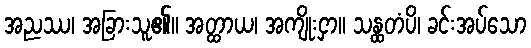
အညဿ၊ အခြားသူ၏။ အတ္ထာယ၊ အကျိုးငှာ။ သန္ထတံပိ၊ ခင်းအပ်သော